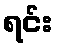
ရင်း